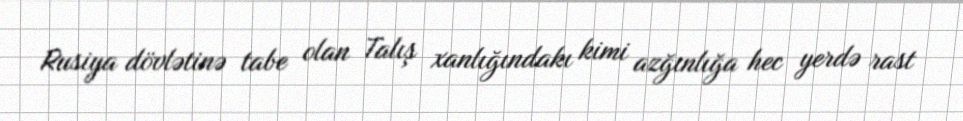
Rusiya dövlətinə tabe olan Talış xanlığındakı kimi azğınlığa hec yerdə rast